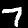
Label: 7